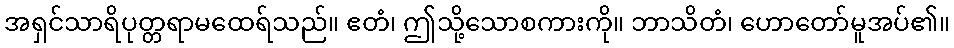
အရှင်သာရိပုတ္တရာမထေရ်သည်။ ဧတံ၊ ဤသို့သောစကားကို။ ဘာသိတံ၊ ဟောတော်မူအပ်၏။